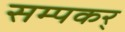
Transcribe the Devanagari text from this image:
सम्पकर्